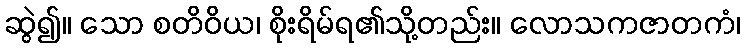
ဆွဲ၍။ သော စတိဝိယ၊ စိုးရိမ်ရ၏သို့တည်း။ လောသကဇာတကံ၊